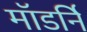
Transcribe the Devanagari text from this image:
मॉडर्नि